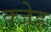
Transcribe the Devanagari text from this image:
क्जेह